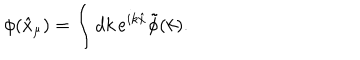
\phi ( \hat { x } _ { \mu } ) = \int d k \, e ^ { i k \hat { x } } \tilde { \phi } ( k ) .